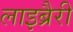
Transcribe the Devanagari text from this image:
लाइब्रैरी